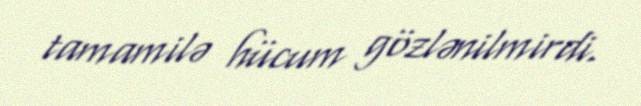
tamamilə hücum gözlənilmirdi.